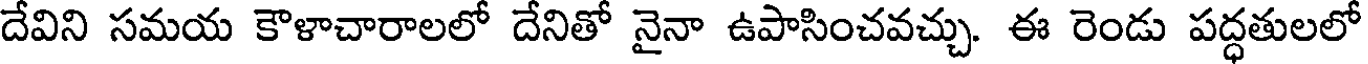
దేవిని సమయ కౌళాచారాలలో దేనితో నైనా ఉపాసించవచ్చు. ఈ రెండు పద్ధతులలో